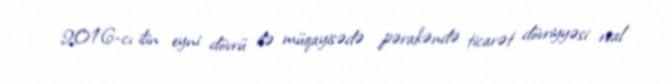
2016-cı ilin eyni dövrü ilə müqayisədə pərakəndə ticarət dövriyyəsi real